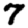
Digit: 7